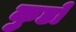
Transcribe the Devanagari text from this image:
कुडों